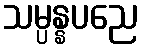
သမ္ပန္နပညေ